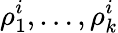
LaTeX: \rho_{1}^{i},\ldots,\rho_{k}^{i}